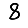
Digit: 8